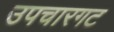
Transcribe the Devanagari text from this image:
उपचारगट